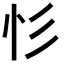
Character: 𢒆